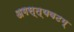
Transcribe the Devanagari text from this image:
अगस्त्यवटम्